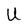
Character: U